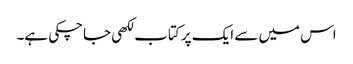
اس میں سے ایک پر کتاب لکھی جاچکی ہے۔